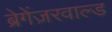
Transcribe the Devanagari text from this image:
ब्रेगेंज़रवाल्ड